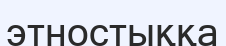
этностыққа